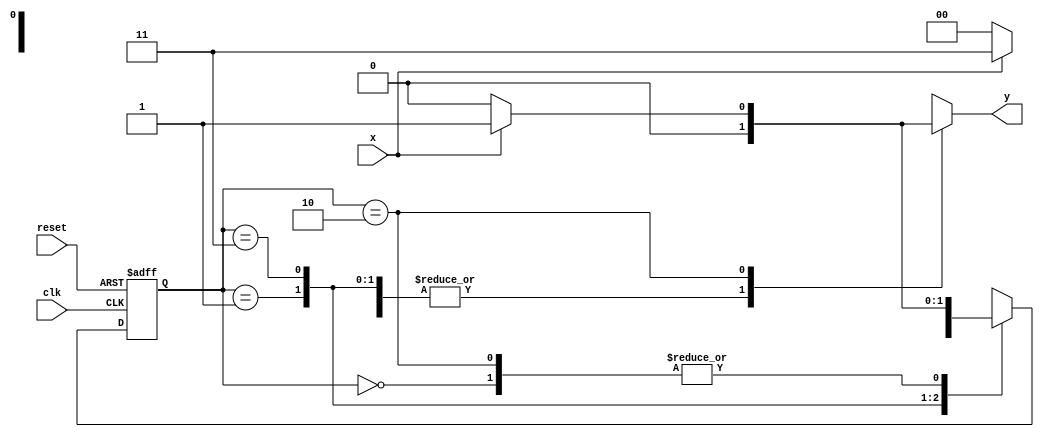
// ------------------------- 
// Mealy 1101 
// Nome: Michelle da Costa Silva 
// -------------------------

// -------------- 
// --- Mealy FSM 
// -------------- 

/* 
           Mealy FSM Diagram 
          __________________ 
         /                  \ 
       1 v   1         0    1 | // found 
[start]--->[id1]--->[id11]--->[id110] 
  ^ \0     0 |       1 / ^   0 | // not found 
  \_/       /        \__/      |
   \_______/                  / 
    \                        / 
     \______________________/ 
*/ 

// constant definitions 
   `define found 1 
   `define notfound 0 
	
// FSM by Mealy 
    module mealy1101 ( y, x, clk, reset ); 
      output y; 
      input x; 
      input clk; 
      input reset; 

      reg y; 
		
    parameter // state identifiers 
      start = 2'b00, 
      id1 = 2'b01, 
      id11 = 2'b11, 
      id110 = 2'b10; 
		
   reg [1:0] E1; // current state variables 
   reg [1:0] E2; // next state logic output
	 
// next state logic 
   always @( x or E1 ) 
	
   begin 
   y = `notfound; 
   case ( E1 ) 
   start: 
    if ( x ) 
      E2 = id1; 
    else 
      E2 = start; 
   id1: 
    if ( x ) 
      E2 = id11; 
    else 
      E2 = start; 
   id11: 
    if ( x ) 
      E2 = id11; 
    else 
      E2 = id110; 
   id110: 
    if ( x ) 
      begin 
      E2 = id1; 
      y = `found; 
      end
    else 
      begin 
      E2 = start; 
      y = `notfound; 
      end 
		
    default: // undefined state 
      E2 = 2'bxx; 
    endcase 
    end // always at signal or state changing 

// state variables 
     always @( posedge clk or negedge reset ) 
     begin 
      if ( reset ) 
       E1 = E2; // updates current state 
      else 
       E1 = 0; // reset 
      end // always at signal changing 
      endmodule // mealy1101